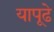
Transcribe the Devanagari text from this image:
यापूढे